Indian journal of veterinary science and animal husbandry - Volume 8,
Year: 1938
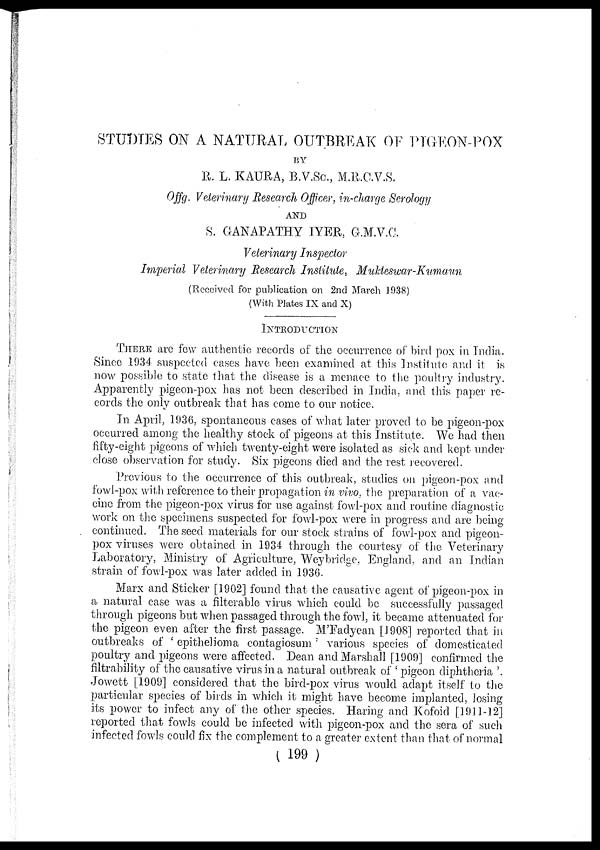
STUDIES ON A NATURAL OUTBREAK OF PIGEON-POX
BY
R. L. KAURA, B.V.Sc., M.R.C.V.S.
Offg. Veterinary Research Officer, in-charge Serology
AND
S. GANAPATHY IYER, G.M.V.C.
Veterinary Inspector
Imperial Veterinary Research Institute, Mukteswar-Kumaun
(Received for publication on 2nd March 1938)
(With Plates IX and X)
INTRODUCTION
THERE are few authentic records of the occurrence of bird pox in India.
Since 1934 suspected cases have been examined at this Institute and it is
now possible to state that the disease is a menace to the poultry industry.
Apparently pigeon-pox has not been described in India, and this paper re-
cords the only outbreak that has come to our notice.
In April, 1936, spontaneous cases of what later proved to be pigeon-pox
occurred among the healthy stock of pigeons at this Institute. We had then
fifty-eight pigeons of which twenty-eight were isolated as sick and kept under
close observation for study. Six pigeons died and the rest recovered.
Previous to the occurrence of this outbreak, studies on pigeon-pox and
fowl-pox with reference to their propagation in vivo, the preparation of a vac-
cine from the pigeon-pox virus for use against fowl-pox and routine diagnostic
work on the specimens suspected for fowl-pox were in progress and are being
continued. The seed materials for our stock strains of fowl-pox and pigeon-
pox viruses were obtained in 1934 through the courtesy of the Veterinary
Laboratory, Ministry of Agriculture, Weybridge, England, and an Indian
strain of fowl-pox was later added in 1936.
Marx and Sticker [1902] found that the causative agent of pigeon-pox in
a natural case was a filterable virus which could be successfully passaged
through pigeons but when passaged through the fowl, it became attenuated for
the pigeon even after the first passage. M'Fadyean [1908] reported that in
outbreaks of ' epithelioma contagiosum' various species of domesticated
poultry and pigeons were affected. Dean and Marshall [1909] confirmed the
filtrability of the causative virus in a natural outbreak of ' pigeon diphtheria '.
Jowett [1909] considered that the bird-pox virus would adapt itself to the
particular species of birds in which it might have become implanted, losing
its power to infect any of the other species. Haring and Kofoid. [1911-12]
reported, that fowls could be infected with pigeon-pox and the sera of such
infected fowls could fix the complement to a greater extent than that of normal
(199 )